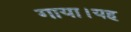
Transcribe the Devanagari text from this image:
गाया।यह